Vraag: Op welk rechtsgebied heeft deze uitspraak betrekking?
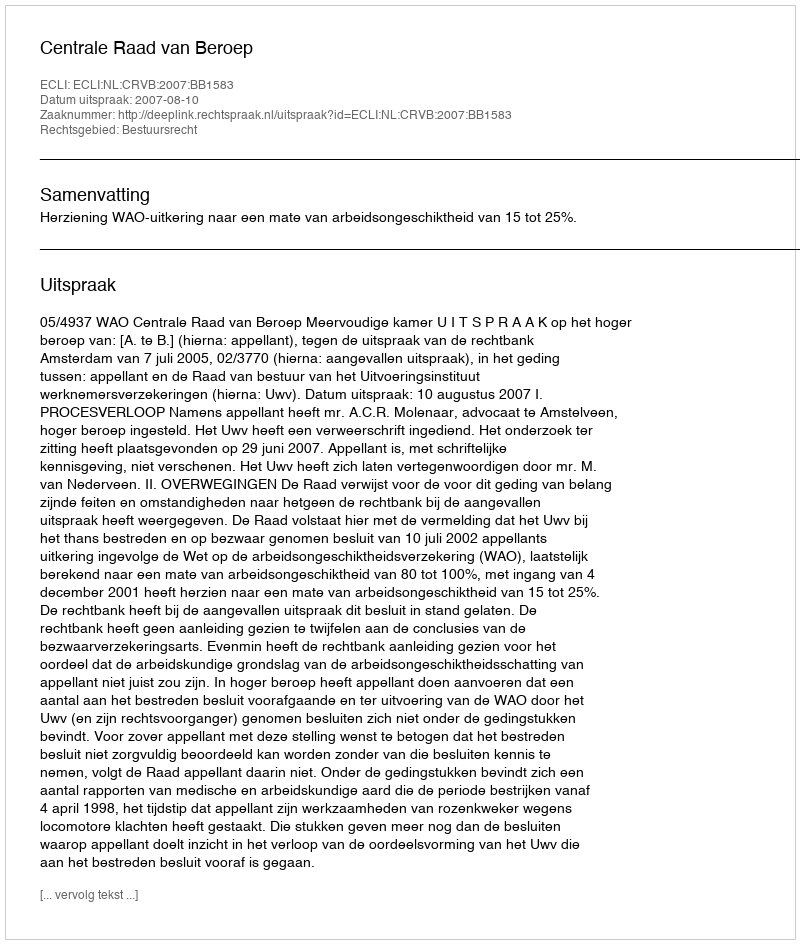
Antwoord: Bestuursrecht